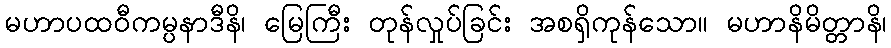
မဟာပထဝီကမ္ပနာဒီနိ၊ မြေကြီး တုန်လှုပ်ခြင်း အစရှိကုန်သော။ မဟာနိမိတ္တာနိ၊